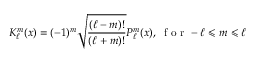
K _ { \ell } ^ { m } ( x ) = ( - 1 ) ^ { m } \sqrt { \frac { ( \ell - m ) ! } { ( \ell + m ) ! } } P _ { \ell } ^ { m } ( x ) , \; \mathrm { ~ f ~ o ~ r ~ } - \ell \leqslant m \leqslant \ell